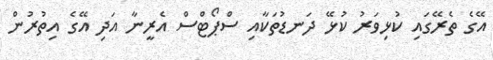
އޭގެ ތެރޭގައި ކުޅިވަރު ކުޅޭ ދަނޑުތަކާއި ސްޕޯޓްސް އެރީނާ އަދި އޭގެ އިތުރުން